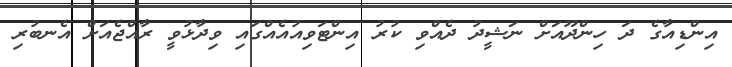
އިންޑިއާގެ ދަ ހިންދޫއަށް ނަޝީދު ދެއްވި ކުރު އިންޓަވިއުއެއްގައި ވިދާޅުވީ ރާއްޖެއަށް އެނބުރި